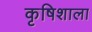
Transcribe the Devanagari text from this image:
कृषिशाला